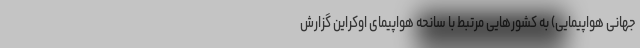
جهانی هواپیمایی) به کشورهایی مرتبط با سانحه هواپیمای اوکراین گزارش